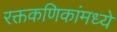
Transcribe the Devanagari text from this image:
रक्तकणिकांमध्ये